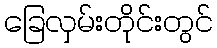
ခြေလှမ်းတိုင်းတွင်